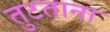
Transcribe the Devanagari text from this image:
तुटताना